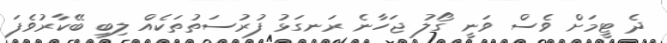
ދެ ޓީމަށް ވެސް ވަނީ ގޯލު ޖަހާނެ ރަނގަޅު ފުރުސަތުތަކެއް ލިބި ބޭކާރުވެފަ